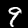
Digit: 9